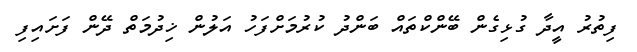
ފިތުރު އީދާ ގުޅިގެން ބޭންކްތައް ބަންދު ކުރުމަށްފަހު އަލުން ޚިދުމަތް ދޭން ފަށައިފި